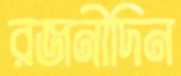
রজনীদিন